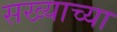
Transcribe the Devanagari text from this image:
सख्याच्या